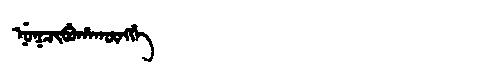
Manchu: ᠨᡠᡴᠴᡳᠪᡠᡥᠠᡴᡡᠩᡤᡝ
Romanization: NUKCIBUHAKŪNGGE